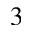
^ 3